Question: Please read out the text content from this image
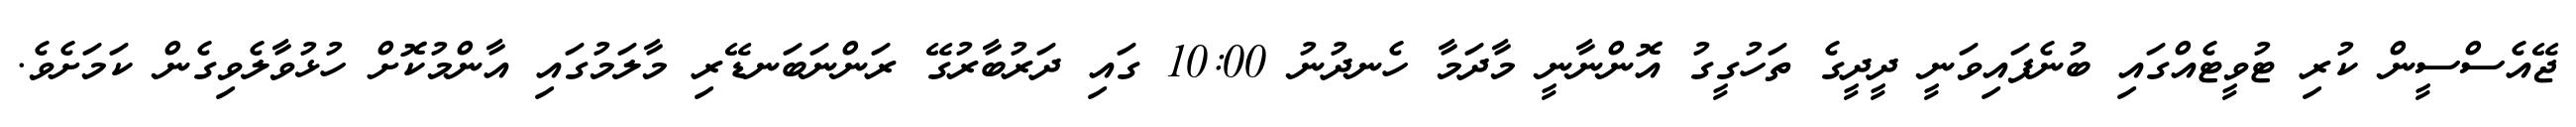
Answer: ޖޭއެސްސީން ކުރި ޓުވީޓެއްގައި ބުނެފައިވަނީ ދީދީގެ ތަހުގީގު އޮންނާނީ މާދަމާ ހެނދުނު 10:00 ގައި ދަރުބާރުގޭ ރަންނަބަނޑޭރި މާލަމުގައި އާންމުކޮށް ހުޅުވާލެވިގެން ކަމަށެވެ.